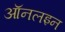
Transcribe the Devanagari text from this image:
ऑनलइन